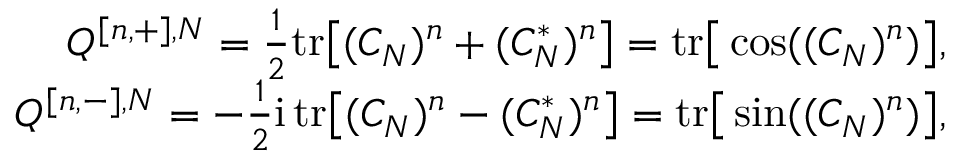
\begin{array} { r l r } & { } & { Q ^ { [ n , + ] , N } = \frac { 1 } { 2 } \mathrm { t r } \big [ ( C _ { N } ) ^ { n } + ( C _ { N } ^ { * } ) ^ { n } \big ] = \mathrm { t r } \big [ \cos ( ( C _ { N } ) ^ { n } ) \big ] , } \\ & { } & { Q ^ { [ n , - ] , N } = - \frac { 1 } { 2 } \mathrm { i } \, \mathrm { t r } \big [ ( C _ { N } ) ^ { n } - ( C _ { N } ^ { * } ) ^ { n } \big ] = \mathrm { t r } \big [ \sin ( ( C _ { N } ) ^ { n } ) \big ] , } \end{array}